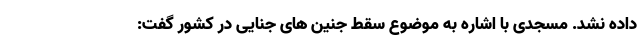
داده نشد. مسجدی با اشاره به موضوع سقط جنین های جنایی در کشور گفت: